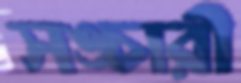
সঙ্চারী